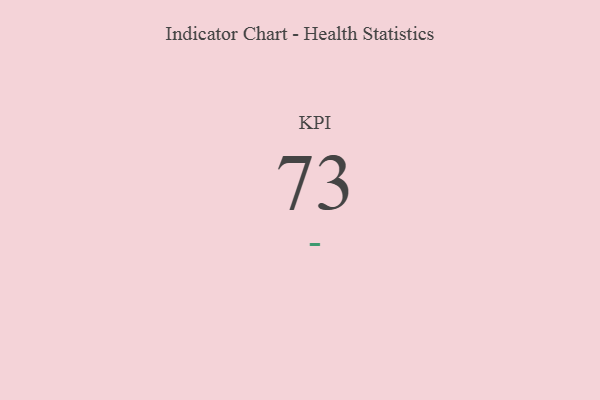
{"axis": {"x": "KPI", "y": "Value"}, "legend": [""], "data": [{"x": "KPI", "y": 73, "type": ""}]}